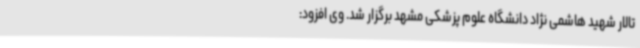
تالار شهید هاشمی نژاد دانشگاه علوم پزشکی مشهد برگزار شد. وی افزود: